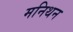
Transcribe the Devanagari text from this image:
मनिथन